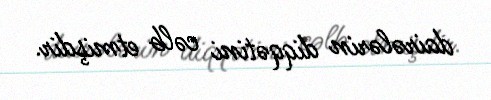
dairələrin diqqətini cəlb etmişdir.